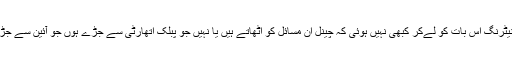
یعنی مانیٹرنگ اس بات کو لےکر کبھی نہیں ہوئی کہ چینل ان مسائل کو اٹھاتے ہیں یا نہیں جو پبلک اتھارٹی سے جڑے ہوں جو آئین سے جڑے ہوں۔